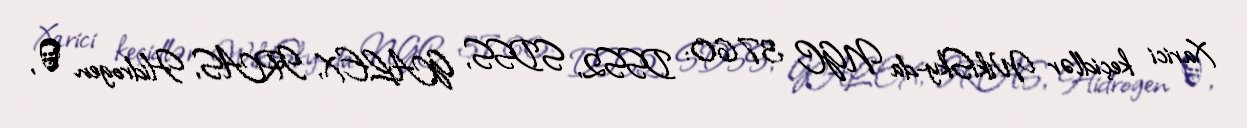
Xarici keçidlər WikiSky-da NGC 3760: DSS2, SDSS, GALEX, IRAS, Hidrogen α,